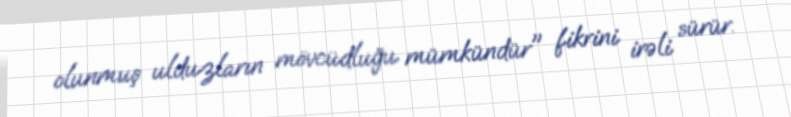
olunmuş ulduzların mövcüdluğu mümkündür" fikrini irəli sürür.